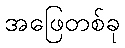
အဖြေတစ်ခု